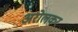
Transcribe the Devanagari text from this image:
अरोलकर